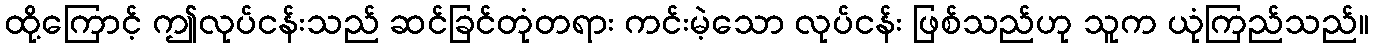
ထို့ကြောင့် ဤလုပ်ငန်းသည် ဆင်ခြင်တုံတရား ကင်းမဲ့သော လုပ်ငန်း ဖြစ်သည်ဟု သူက ယုံကြည်သည်။